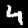
Digit: 4